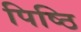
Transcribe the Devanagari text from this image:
पिष्ठि